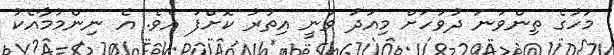
މަހުގެ ތިންވަނަ ދުވަހަށް މިއަދު ވަނީ އިތުރު ކޮށްފަ އެވެ. އެ ނިންމުމާއެކު